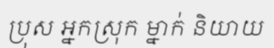
ប្រុស អ្នកស្រុក ម្នាក់ និយាយ